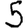
Digit: 5